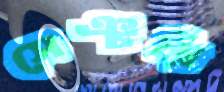
সেঞ্চরি